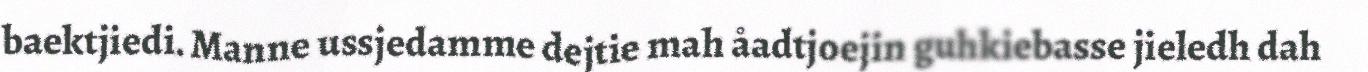
baektjiedi. Manne ussjedamme dejtie mah åadtjoejin guhkiebasse jieledh dah